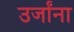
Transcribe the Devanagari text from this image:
उर्जांना